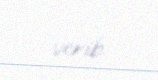
verib.